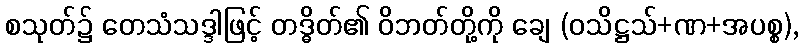
စသုတ်၌ တေသံသဒ္ဒါဖြင့် တဒ္ဓိတ်၏ ဝိဘတ်တို့ကို ချေ (ဝသိဋ္ဌသ်+ဏ+အပစ္စ),